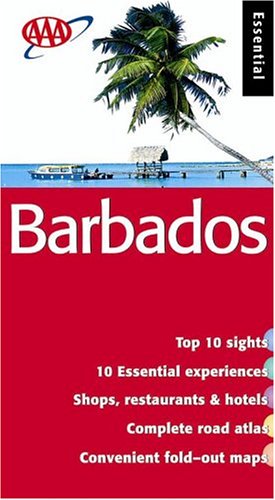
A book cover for Barbados Essential Guide (AAA Essential Guides); AAA; Travel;